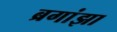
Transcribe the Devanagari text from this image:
ब्रगांझा